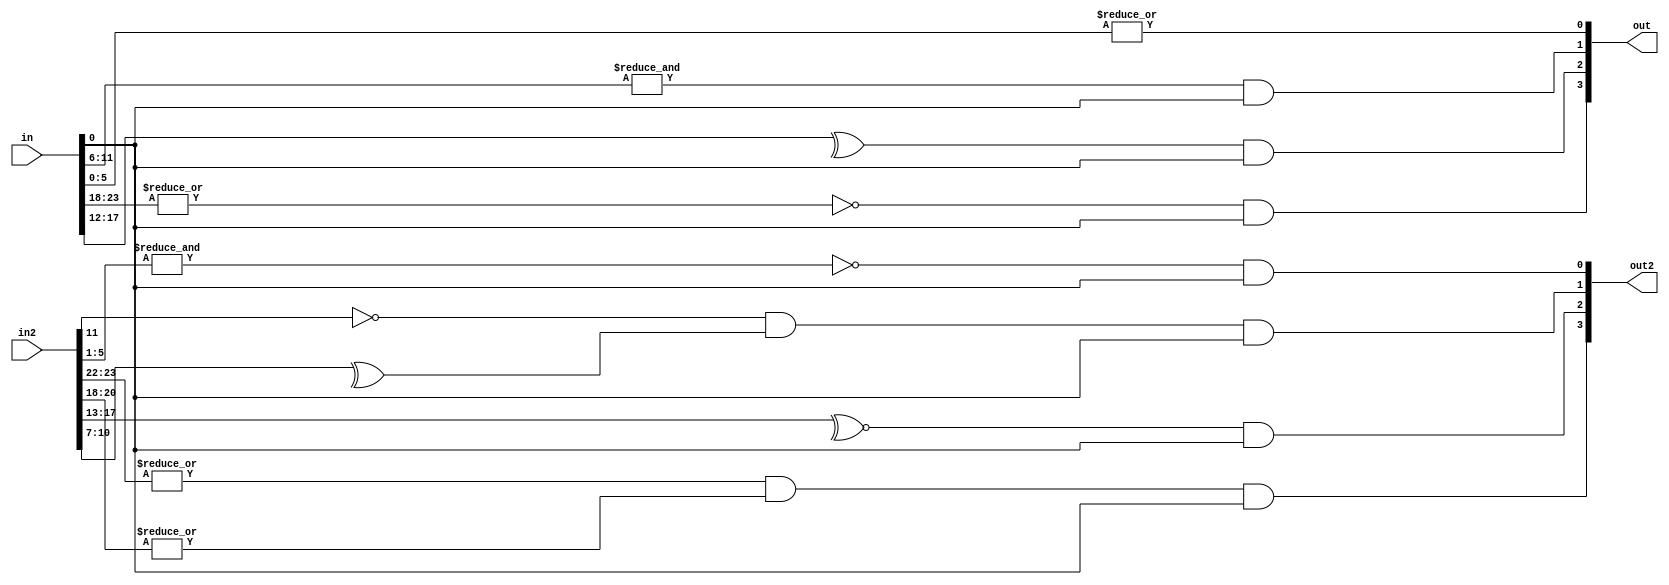
`timescale 1ns / 1ps
//////////////////////////////////////////////////////////////////////////////////
// Company: 
// Engineer: 
// 
// Design Name: 
// Module Name: input_limit_test
// Project Name: 
// Target Devices: 
// Tool Versions: 
// Description: 
// 
// Dependencies: 
// 
// Revision:
// Revision 0.01 - File Created
// Additional Comments:
// 
//////////////////////////////////////////////////////////////////////////////////


module input_limit_test(
    input [31:0] in,
    input [31:0] in2,

    output [3:0] out,
    output [3:0] out2
);
    
    assign out[0] = |in[5:0];
    assign out[1] = &in[11:6] & in[0];
    assign out[2] = ^in[17:12] & in[0];
    assign out[3] = ~|in[23:18] & in[0];

    assign out2[0] = ~&in2[5:1] & in[0]; 
    assign out2[1] = !in2[11] & ^in2[10:7] & in[0];
    assign out2[2] = ~^in2[17:13] & in[0];
    assign out2[3] = (|in2[23:22]) & (|in2[20:18]) & in[0];
    
    
endmodule